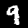
Digit: 9